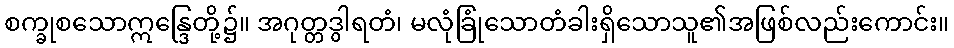
စက္ခုစသောဣန္ဒြေတို့၌။ အဂုတ္တဒွါရတံ၊ မလုံခြုံသောတံခါးရှိသောသူ၏အဖြစ်လည်းကောင်း။